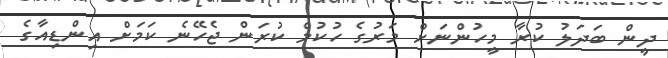
ދީން ބަދަލު ކުރާ މީހުންނަށް މަރުގެ ހުކުމް ކުރަން ޖެހޭނެ ކަމަށް އިންޑިއާގެ